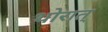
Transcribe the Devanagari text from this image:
थोरात्